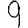
Digit: 9